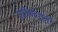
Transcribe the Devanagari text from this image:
एनिमेशनों